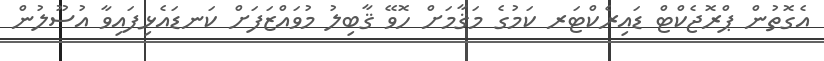
އެގޮތުން ޕްރޮޖެކްޓް ޑައިރެކްޓަރ ކަމުގެ މަޤާމަށް ހޮވޭ ޤާބިލު މުވައްޒަފަށް ކަނޑައެޅިފައިވާ އުސޫލުން